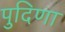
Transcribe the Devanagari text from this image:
पुदिणा